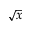
\sqrt { x }